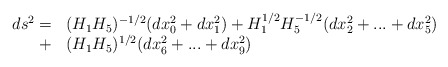
\begin{align*}\begin{array}{rl}ds^2=&(H_1H_5)^{-1/2}(dx_0^2+dx_1^2)+H_1^{1/2}H_5^{-1/2}(dx_2^2+...+dx_5^2)\\ + & (H_1H_5)^{1/2}(dx_6^2+...+dx_9^2)\end{array}\end{align*}